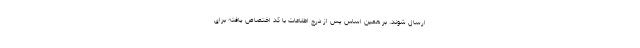
ارسال شوند. بر همین اساس پس از درج اطلاعات با کد اختصاص یافته برای